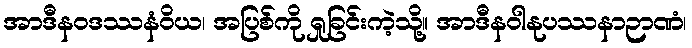
အာဒီနဝဒဿနံဝိယ၊ အပြစ်ကို ရှုခြင်းကဲ့သို့။ အာဒီနဝါနုပဿနာဉာဏံ၊